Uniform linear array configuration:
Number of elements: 16
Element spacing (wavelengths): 0.75
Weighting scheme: cosine
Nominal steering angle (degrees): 60
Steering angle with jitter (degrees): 60.671
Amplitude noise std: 0.05
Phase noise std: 0.05

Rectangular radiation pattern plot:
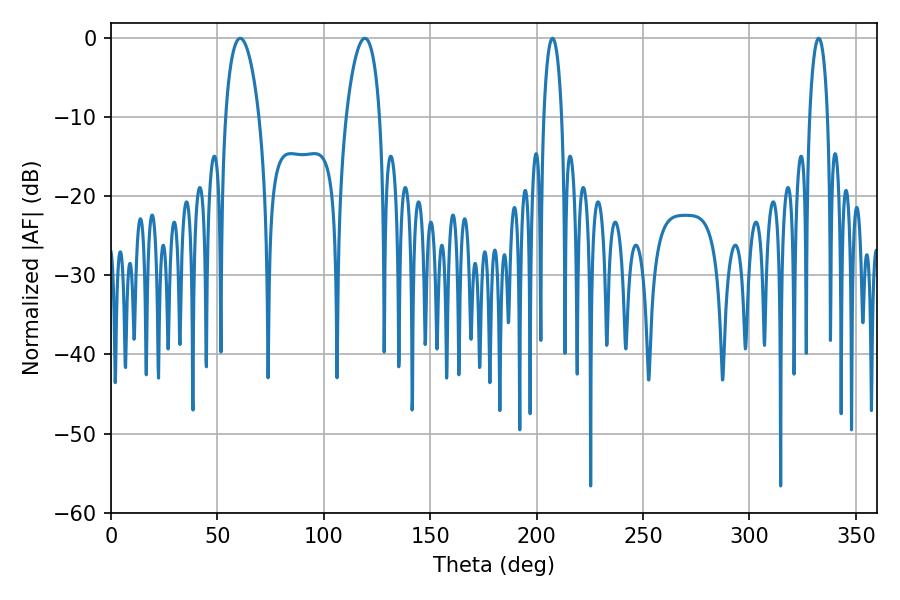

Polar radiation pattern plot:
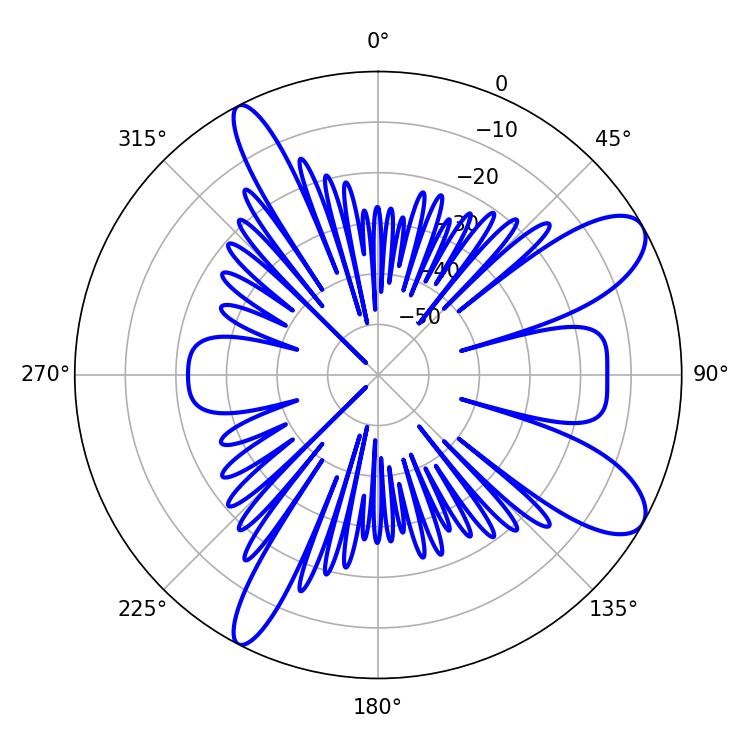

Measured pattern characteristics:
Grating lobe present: TRUE
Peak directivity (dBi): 9.652
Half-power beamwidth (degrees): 9
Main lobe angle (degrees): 60.66